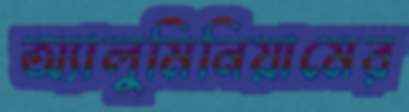
অ্যালুমিনিয়ামের